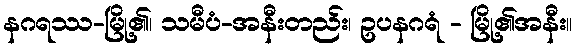
နဂရဿ-မြို့၏၊ သမီပံ-အနီးတည်း၊ ဥပနဂရံ - မြို့၏အနီး။